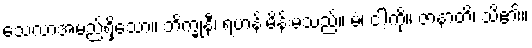
သေလာအမည်ရှိသော။ ဘိက္ခုနီ၊ ရဟန်းမိန်းမသည်။ မံ၊ ငါ့ကို။ ဇာနာတိ၊ သိ၏။